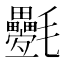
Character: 氎